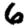
Digit: 6